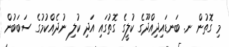
މި ގޮތުން ނ. ބަނޑައިދިއްދޫގެ ކުލީގެ ގޮތުގައި އަދި ކުލި ނުދެއްކުމުގެ ސަބަބުން